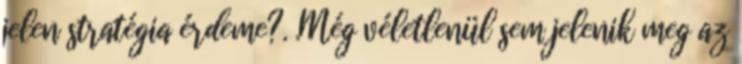
jelen stratégia érdeme?. .Még véletlenül sem jelenik meg az